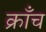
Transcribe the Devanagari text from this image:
क्राँच